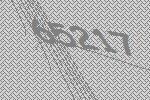
65217